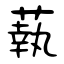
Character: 蓻